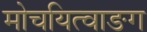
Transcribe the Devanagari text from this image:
मोचयित्वाङग